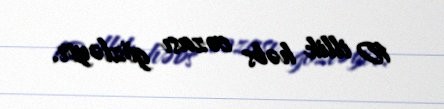
10 illik həbs cəzası gözləyir.